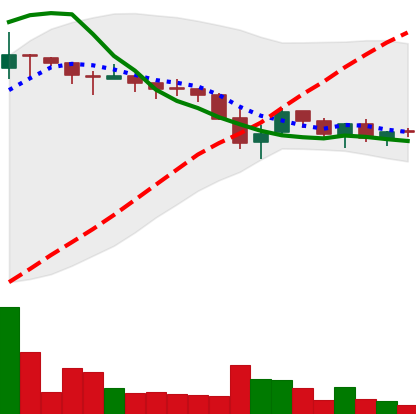
Ticker: TRX-USD
Chart end date: 2018-05-19
Forward return: 5.714%
Label: up_5_7